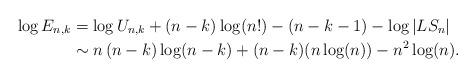
LaTeX: \begin{align*} \log E_{n,k} & = \log U_{n,k} + (n-k)\log(n!) - (n-k-1) - \log |LS_n| \\ & \sim n\, (n-k) \log(n-k) + (n-k) (n \log(n)) - n^2 \log(n).\end{align*}